Emmaste_vallavalitsus, lk 13
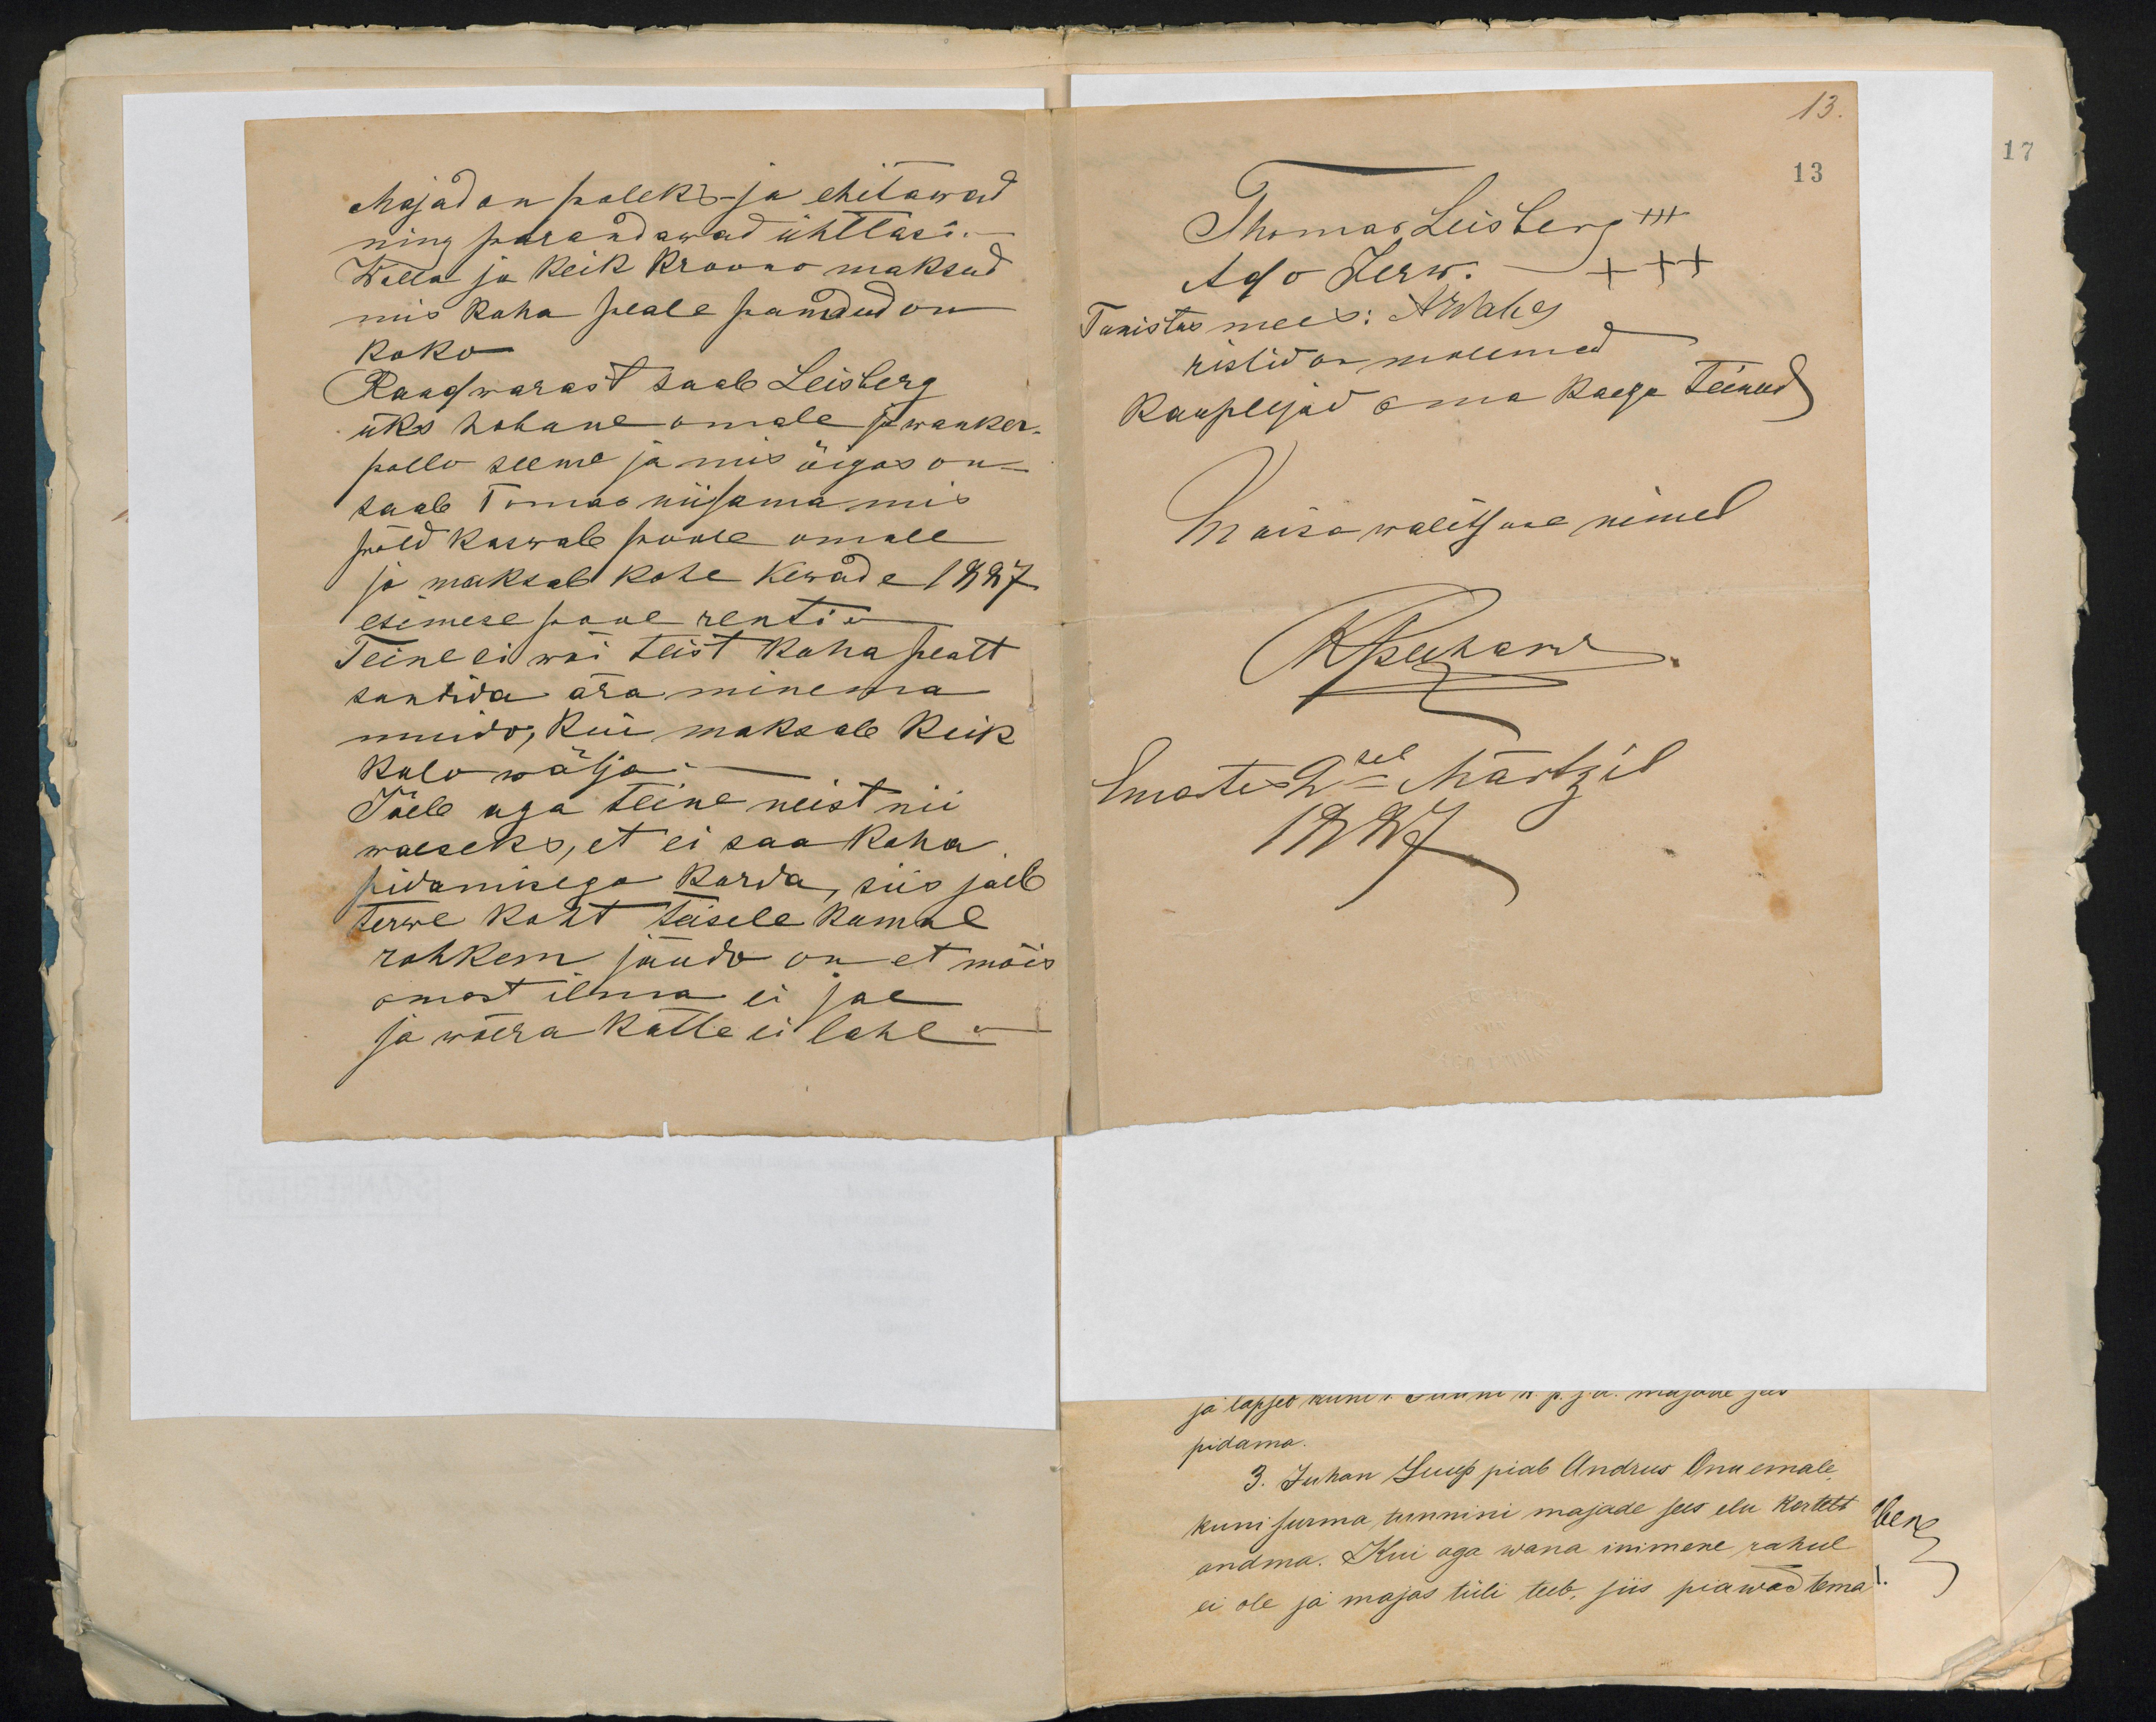
17

Majad on poleks ja ehitawad
ning parandawad ühtlasi.-
Walla ja keik Kroono maksud
mis koha peale pandud on
koko
Raudwarast saab Leisberg
üks hobune omale ja wanker-
pollu seeme ja mis õigus on
saab Tomas niisama mis
põld kaswab poole omale
ja maksab kohe kewade 1887
esimese pool renti .-
Teine ei wõi teist koha pealt
suntida ära minema
muido, kui maksab keik
kulu wälja.-
Jäeb aga teine neist nii
waeseks, et ei saa koha
pidaminega korda, siis jäeb
terwe koht teisele kumal
rohkem jõudu on et mõis
omast ilma ei jae
ja wõera kätte ei lahe.-

13.
13
Thomas Leisberg
Ado Jerw. +++
Tunistus mees: Adohe
ristid on mõlemad
kauplejad oma kaega teinud
Mõisa walitsuse nimel
Apuhani
Emates 2sel Märtzil
1887